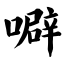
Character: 噼